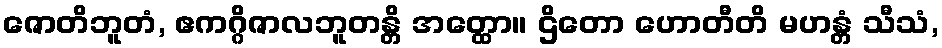
ဇောတိဘူတံ, ဧကဂ္ဂိဇာလဘူတန္တိ အတ္ထော။ ဌိတော ဟောတီတိ မဟန္တံ သီသံ,